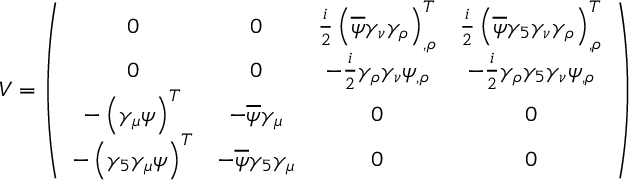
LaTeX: V = \left( \begin{array} { c c c c } { { 0 } } & { { 0 } } & { { \frac { i } { 2 } \left( \overline { { \psi } } \gamma _ { \nu } \gamma _ { \rho } \right) _ { , \rho } ^ { T } } } & { { \frac { i } { 2 } \left( \overline { { \psi } } \gamma _ { 5 } \gamma _ { \nu } \gamma _ { \rho } \right) _ { , \rho } ^ { T } } } \\ { { 0 } } & { { 0 } } & { { - \frac { i } { 2 } \gamma _ { \rho } \gamma _ { \nu } \psi _ { , \rho } } } & { { - \frac { i } { 2 } \gamma _ { \rho } \gamma _ { 5 } \gamma _ { \nu } \psi _ { , \rho } } } \\ { { - \left( \gamma _ { \mu } \psi \right) ^ { T } } } & { { - \overline { { \psi } } \gamma _ { \mu } } } & { { 0 } } & { { 0 } } \\ { { - \left( \gamma _ { 5 } \gamma _ { \mu } \psi \right) ^ { T } } } & { { - \overline { { \psi } } \gamma _ { 5 } \gamma _ { \mu } } } & { { 0 } } & { { 0 } } \end{array} \right)